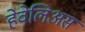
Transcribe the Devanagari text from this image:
हेवेलिअस